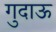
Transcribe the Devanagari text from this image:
गुदाऊ